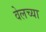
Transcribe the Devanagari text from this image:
वेलच्या